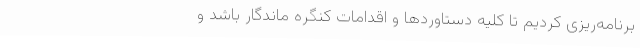
برنامه‌ریزی کردیم تا کلیه دستاوردها و اقدامات کنگره ماندگار باشد و